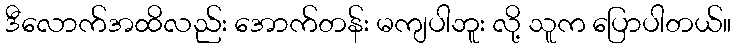
ဒီလောက်အထိလည်း အောက်တန်း မကျပါဘူး လို့ သူက ပြောပါတယ်။